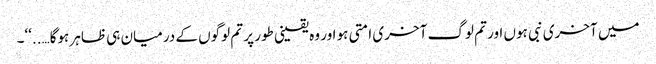
میں آخری نبی ہوں اور تم لوگ آخری امتی ہو اور وہ یقینی طور پر تم لوگوں کے درمیان ہی ظاہر ہوگا…..‘‘۔